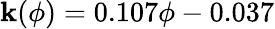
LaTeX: \mathbf{k}(\phi)=0.107\phi-0.037